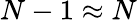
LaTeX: N-1\approx N